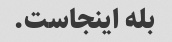
بله اینجاست.